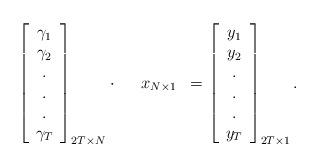
LaTeX: \begin{align*}\setlength{\nulldelimiterspace}{0pt}\left[ \begin{array}{c} \gamma_{1}\\\gamma_{2}\\.\\.\\.\\\gamma_{T}\end{array} \right]_{2T\times N}\cdot\;\;\;\;\; x_{N \times 1}\;\; = \left[ \begin{array}{c} y_{1}\\y_{2}\\.\\.\\.\\y_{T}\end{array} \right]_{2T\times 1}.\end{align*}